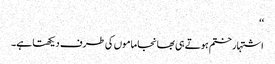
‘‘
اشتہار ختم ہوتے ہی بھانجا ماموں کی طرف دیکھتا ہے۔